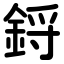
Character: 鋝